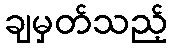
ချမှတ်သည့်